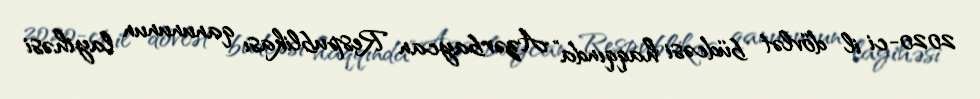
2020-ci il dövlət büdcəsi haqqında” Azərbaycan Respublikası qanununun layihəsi